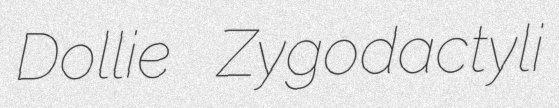
Dollie Zygodactyli